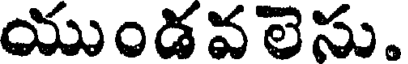
యుండవలెసు.